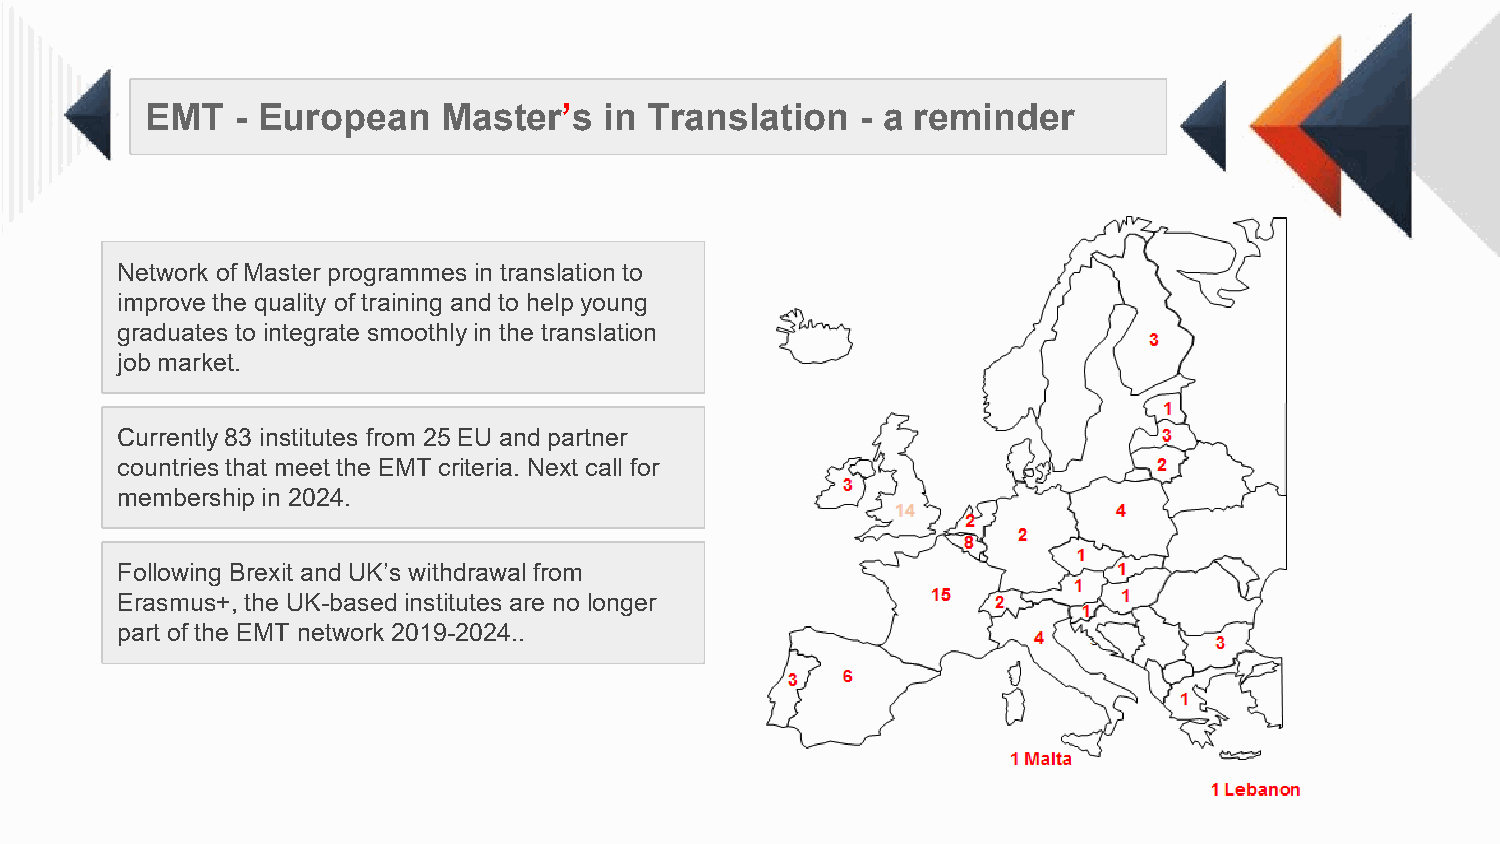
EMT   - European   Master’s   in Translation   - a reminder
 Network of Master programmes in translation to
 improve the quality of training and to help young
 graduates to integrate smoothly in the translation
 job market.
 Currently 83 institutes from 25 EU and partner
 countries that meet the EMT criteria. Next call for
 membership in 2024.
 Following Brexit and UK’s withdrawal from
 Erasmus+, the UK-based institutes are no longer
 part of the EMT network 2019-2024..